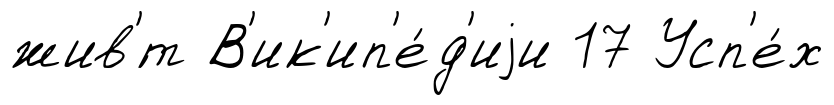
жив'́т В'ик'ип'е́д'иjи 17 Усп'е́х